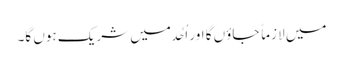
میں لازماً جاؤں گا اور اُحُد میں شریک ہوں گا۔